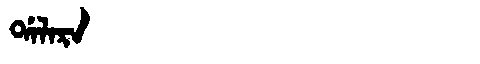
Manchu: ᡩᠠᠯᠠᡵᠠ
Romanization: DALARA